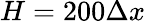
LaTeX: H=200\Delta x